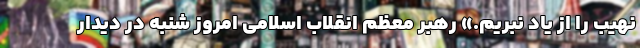
نهیب را از یاد نبریم.» رهبر معظم انقلاب اسلامی امروز شنبه در دیدار